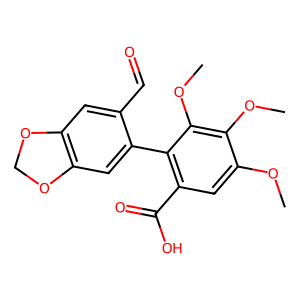
SMILES: COc1cc(C(=O)O)c(-c2cc3c(cc2C=O)OCO3)c(OC)c1OC
Inhibits HIV replication: No